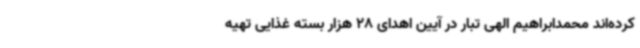
کرده‌اند محمدابراهیم الهی تبار در آیین اهدای 28 هزار بسته غذایی تهیه